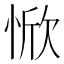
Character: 惞